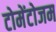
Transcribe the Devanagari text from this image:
टोमेंटोजम